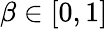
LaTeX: \beta\in[0,1]